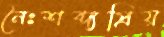
নৈঃশব্দ্যপ্রিয়